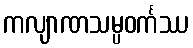
ကလျာဏသမ္ပဝင်္ကဿ